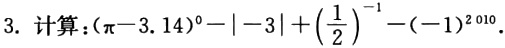
3. 计算：$(\pi - 3.14)^0-\vert - 3\vert+(\frac{1}{2})^{-1}-(-1)^{2010}$.